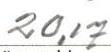
20,17